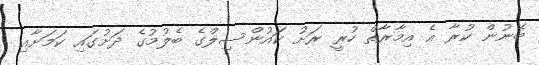
ބޭނުން ކުރާ އެ އިމާރާތް ހުރީ ރަށު ކައުންސިލްގެ ބެލުމުގެ ދަށުގައި ކަމަށާއި